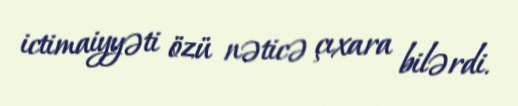
ictimaiyyəti özü nəticə çıxara bilərdi.